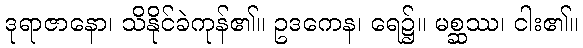
ဒုရာဇာနော၊ သိနိုင်ခဲကုန်၏။ ဥဒကေန၊ ရေ၌။ မစ္ဆဿ၊ ငါး၏။